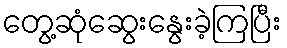
တွေ့ဆုံဆွေးနွေးခဲ့ကြပြီး